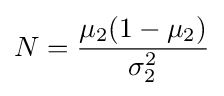
N={\frac {\mu _{2}(1-\mu _{2})}{\sigma _{2}^{2}}}